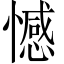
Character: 憾